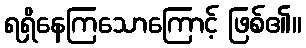
ရရှိနေကြသောကြောင့် ဖြစ်၏။